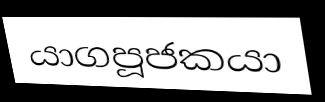
යාගපූජකයා